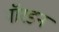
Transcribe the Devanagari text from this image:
गॉरडन